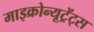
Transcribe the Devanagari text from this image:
माइक्रोन्यूट्रेंट्स